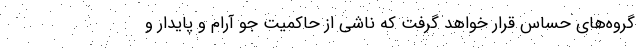
گروه‌های حساس قرار خواهد گرفت که ناشی از حاکمیت جو آرام و پایدار و